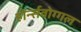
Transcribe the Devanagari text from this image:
होर्न्सवोग्गल